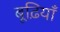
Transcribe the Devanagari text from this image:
बूढ़ियाँ